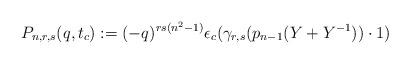
LaTeX: \begin{align*} P_{n, r,s}(q,t_c) := (-q)^{rs(n^2-1)}\epsilon_c(\gamma_{r,s}(p_{n-1}(Y+Y^{-1}))\cdot 1)\end{align*}